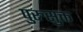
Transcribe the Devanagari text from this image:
पुरुसुक्त